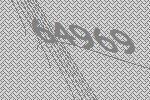
64969